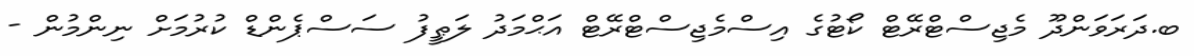
ބ.ދަރަވަންދޫ މެޖިސްޓްރޭޓް ކޯޓުގެ އިސްމެޖިސްޓްރޭޓް އަޙްމަދު ލަޠީފު ސަސްޕެންޑް ކުރުމަށް ނިންމުން -